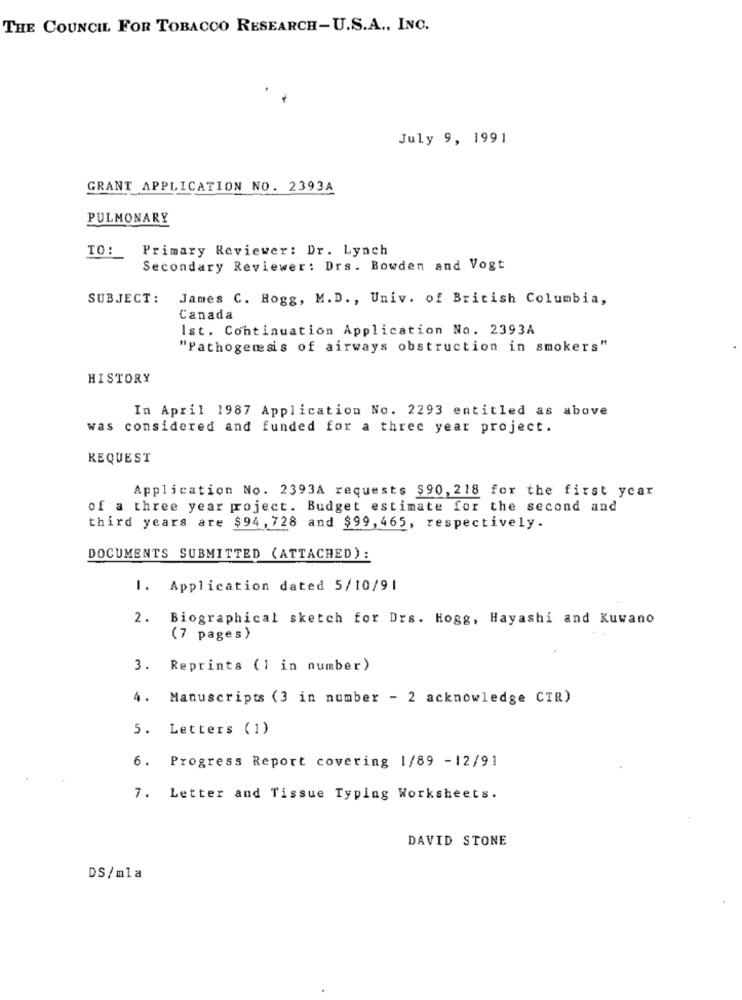
THE COUNCIL FOR TOBACCO RESEARCH-U.S.A ., INC.
July 9, 1991
GRANT APPLICATION NO. 2393A
PULMONARY
Primary Reviewer: Dr. Lynch
TO:
Secondary Reviewer: Drs. Bowden and Vogt
SUBJECT :
James C. Hogg, M.D. , Univ. of British Columbia,
Canada
Ist. Continuation Application No. 2393A
"Pathogenesis of airways obstruction in smokers"
HISTORY
In April 1987 Application No. 2293 entitled as above
was considered and funded for a three year project.
REQUEST
Application No. 2393A requests $90, 218 for the first year
of a three year project. Budget estimate for the second and
third years are $94, 728 and $99, 465, respectively.
DOCUMENTS SUBMITTED (ATTACHED) :
1. Application dated 5/10/91
2. Biographical sketch for Drs. Hogg, Hayashi and Kuwano
(7 pages)
3. Reprints (1 in number)
4. Manuscripts (3 in number - 2 acknowledge CTR)
5. Letters (1)
6. Progress Report covering 1/89 -12/91
7. Letter and Tissue Typing Worksheets.
DAVID STONE
DS/mla